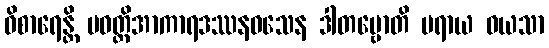
ဝိစာရေန္တိ ပဝတ္တိအာကာရဒဿနဝသေန ဒါတဗ္ဗောတိ ပရာယ ဝယသာ